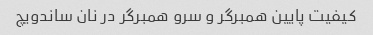
کیفیت پایین همبرگر و سرو همبرگر در نان ساندویچ